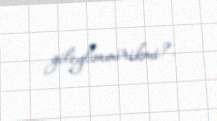
gileylənmirikmi?.